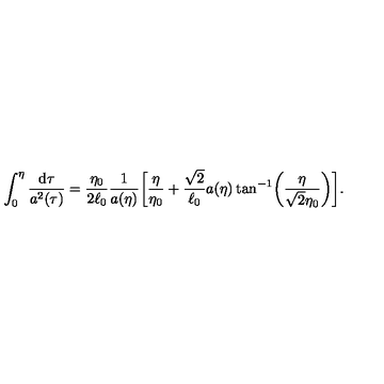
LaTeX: \int _ { 0 } ^ { \eta } \frac { \mathrm { d } \tau } { a ^ { 2 } ( { \tau } ) } = \frac { \eta _ { 0 } } { 2 \ell _ { 0 } } \frac { 1 } { a ( \eta ) } \biggl [ \frac { \eta } { \eta _ { 0 } } + \frac { \sqrt { 2 } } { \ell _ { 0 } } a ( \eta ) \tan ^ { - 1 } \biggl ( \frac { \eta } { \sqrt { 2 } \eta _ { 0 } } \biggr ) \biggr ] .